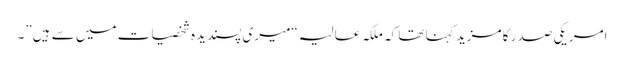
امریکی صدر کا مزید کہنا تھا کہ ملکہ عالیہ “میری پسندیدہ شخصیات میں سے ہیں”۔